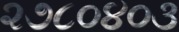
૨૭૮૦૪૦૩